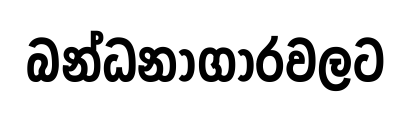
බන්ධනාගාරවලට